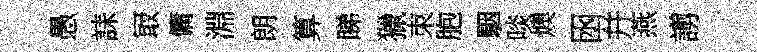
愚誄冣傭淵朗算睇獵朿胞駰啖燠囦幷燕謭